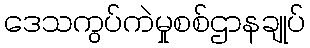
ဒေသကွပ်ကဲမှုစစ်ဌာနချုပ်